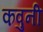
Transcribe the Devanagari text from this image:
कवुनी